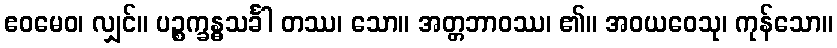
ဧဝမေဝ၊ လျှင်။ ပဉ္စက္ခန္ဓသင်္ခါ တဿ၊ သော။ အတ္တဘာဝဿ၊ ၏။ အဝယဝေသု၊ ကုန်သော။